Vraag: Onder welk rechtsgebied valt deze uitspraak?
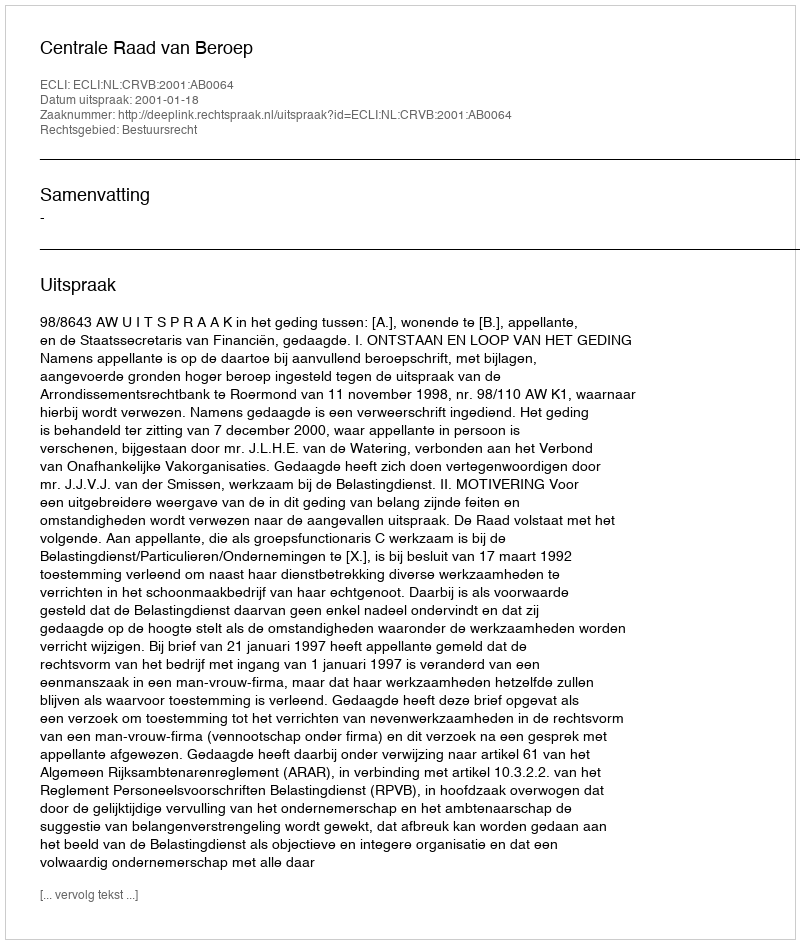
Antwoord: Bestuursrecht